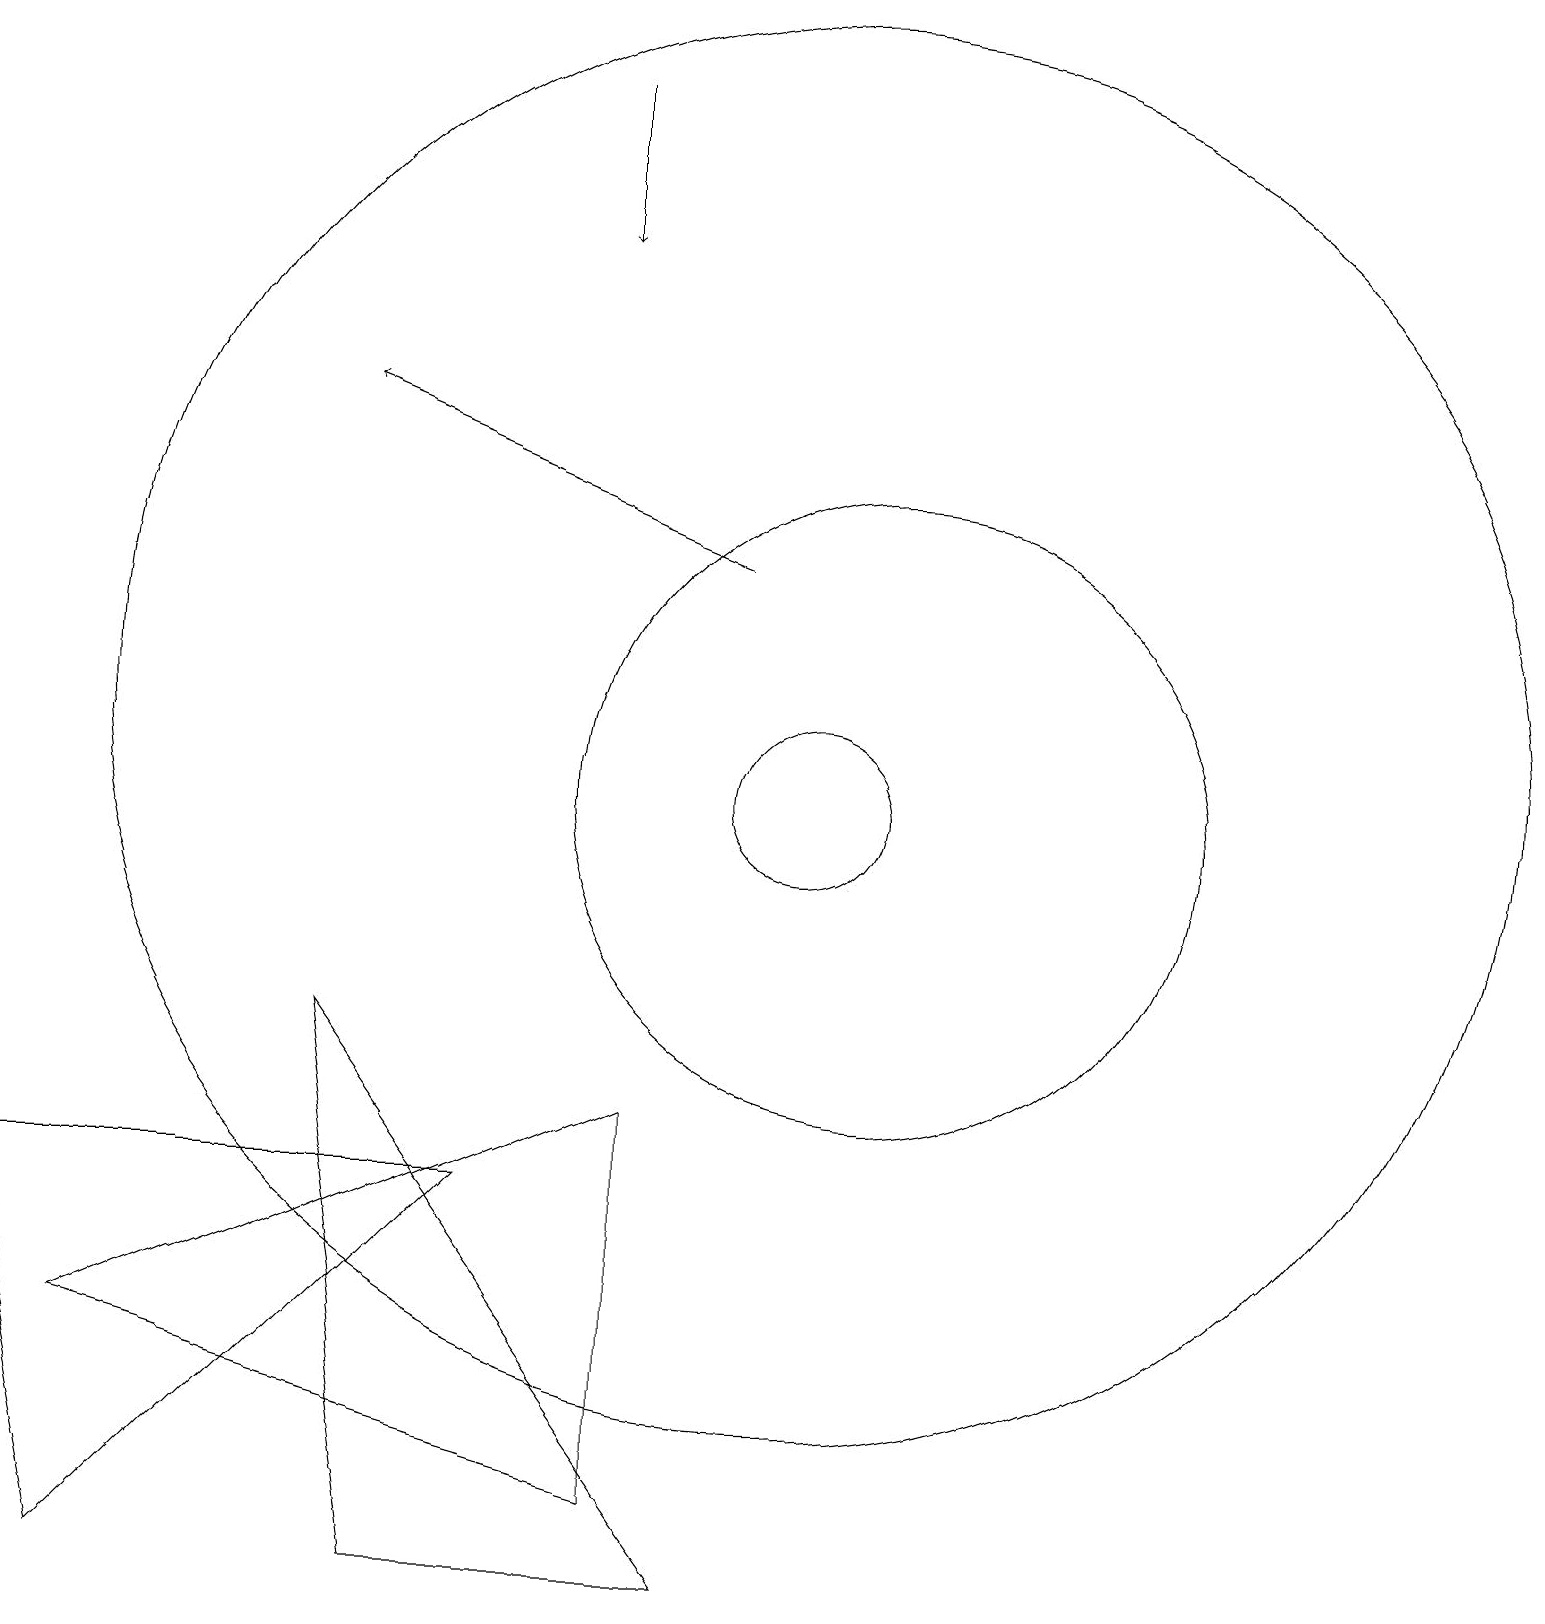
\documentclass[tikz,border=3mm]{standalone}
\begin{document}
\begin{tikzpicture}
\draw (10,11) circle (9);
\draw (11,10) circle (4);
\draw[->] (9,13) -- (4,15);
\draw (8,6) -- (8,1) -- (1,3) -- cycle;
\draw (10,10) circle (1);
\draw[->] (7,19) -- (7,17);
\draw (6,5) -- (1,0) -- (0,5) -- cycle;
\draw (4,7) -- (5,0) -- (9,0) -- cycle;
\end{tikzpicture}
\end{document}